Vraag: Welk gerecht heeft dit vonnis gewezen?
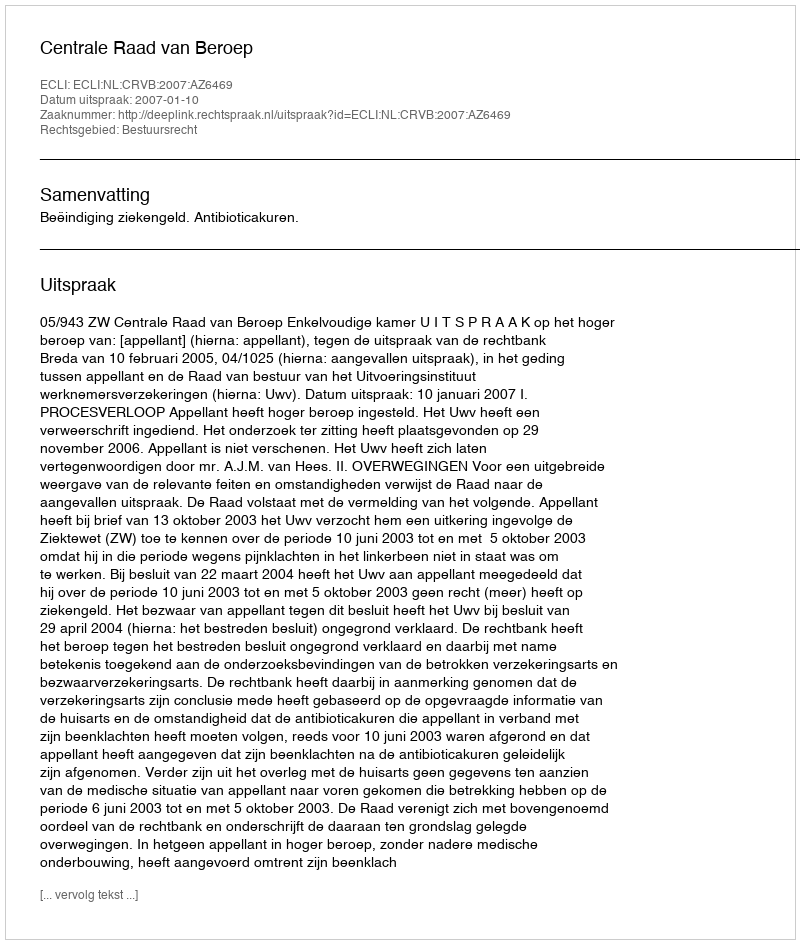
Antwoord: Centrale Raad van Beroep